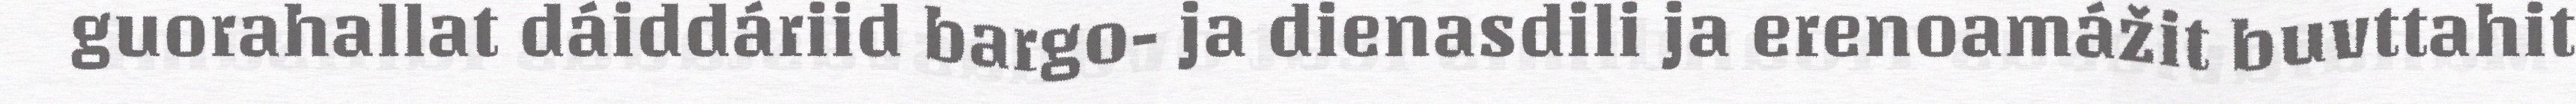
guorahallat dáiddáriid bargo- ja dienasdili ja erenoamážit buvttahit